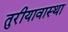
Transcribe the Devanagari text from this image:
तुरीयावास्था